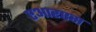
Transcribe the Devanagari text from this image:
एआरएस